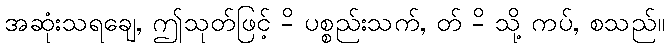
အဆုံးသရချေ, ဤသုတ်ဖြင့် -ိ ပစ္စည်းသက်, တ် -ိ သို့ ကပ်, စသည်။